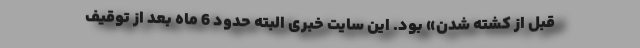
قبل از کشته شدن» بود. این سایت خبری البته حدود 6 ماه بعد از توقیف